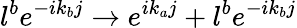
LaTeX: l^{b}e^{-ik_{b}j}\rightarrow e^{ik_{a}j}+l^{b}e^{-ik_{b}j}